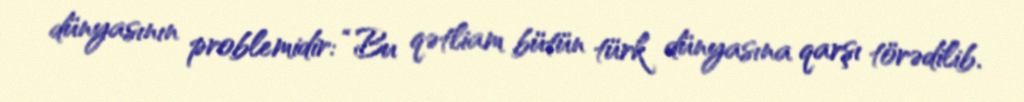
dünyasının problemidir: “Bu qətliam bütün türk dünyasına qarşı törədilib.